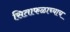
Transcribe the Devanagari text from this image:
सिताफळाच्याच